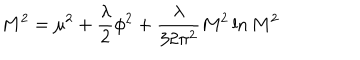
M ^ { 2 } = \mu ^ { 2 } + { \frac { \lambda } { 2 } } \phi ^ { 2 } + { \frac { \lambda } { 3 2 \pi ^ { 2 } } } M ^ { 2 } \ln { M ^ { 2 } }